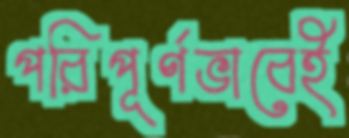
পরিপূর্ণভাবেই